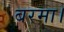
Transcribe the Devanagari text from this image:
बरमा।